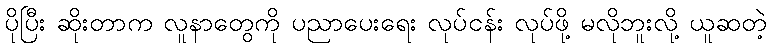
ပိုပြီး ဆိုးတာက လူနာတွေကို ပညာပေးရေး လုပ်ငန်း လုပ်ဖို့ မလိုဘူးလို့ ယူဆတဲ့